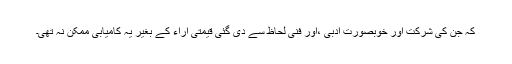
کہ جن کی شرکت اور خوبصورت ادبی ،اور فنی لحاظ سے دی گئی قیمتی آراء کے بغیر یہ کامیابی ممکن نہ تھی۔